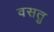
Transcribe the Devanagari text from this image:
वसतु